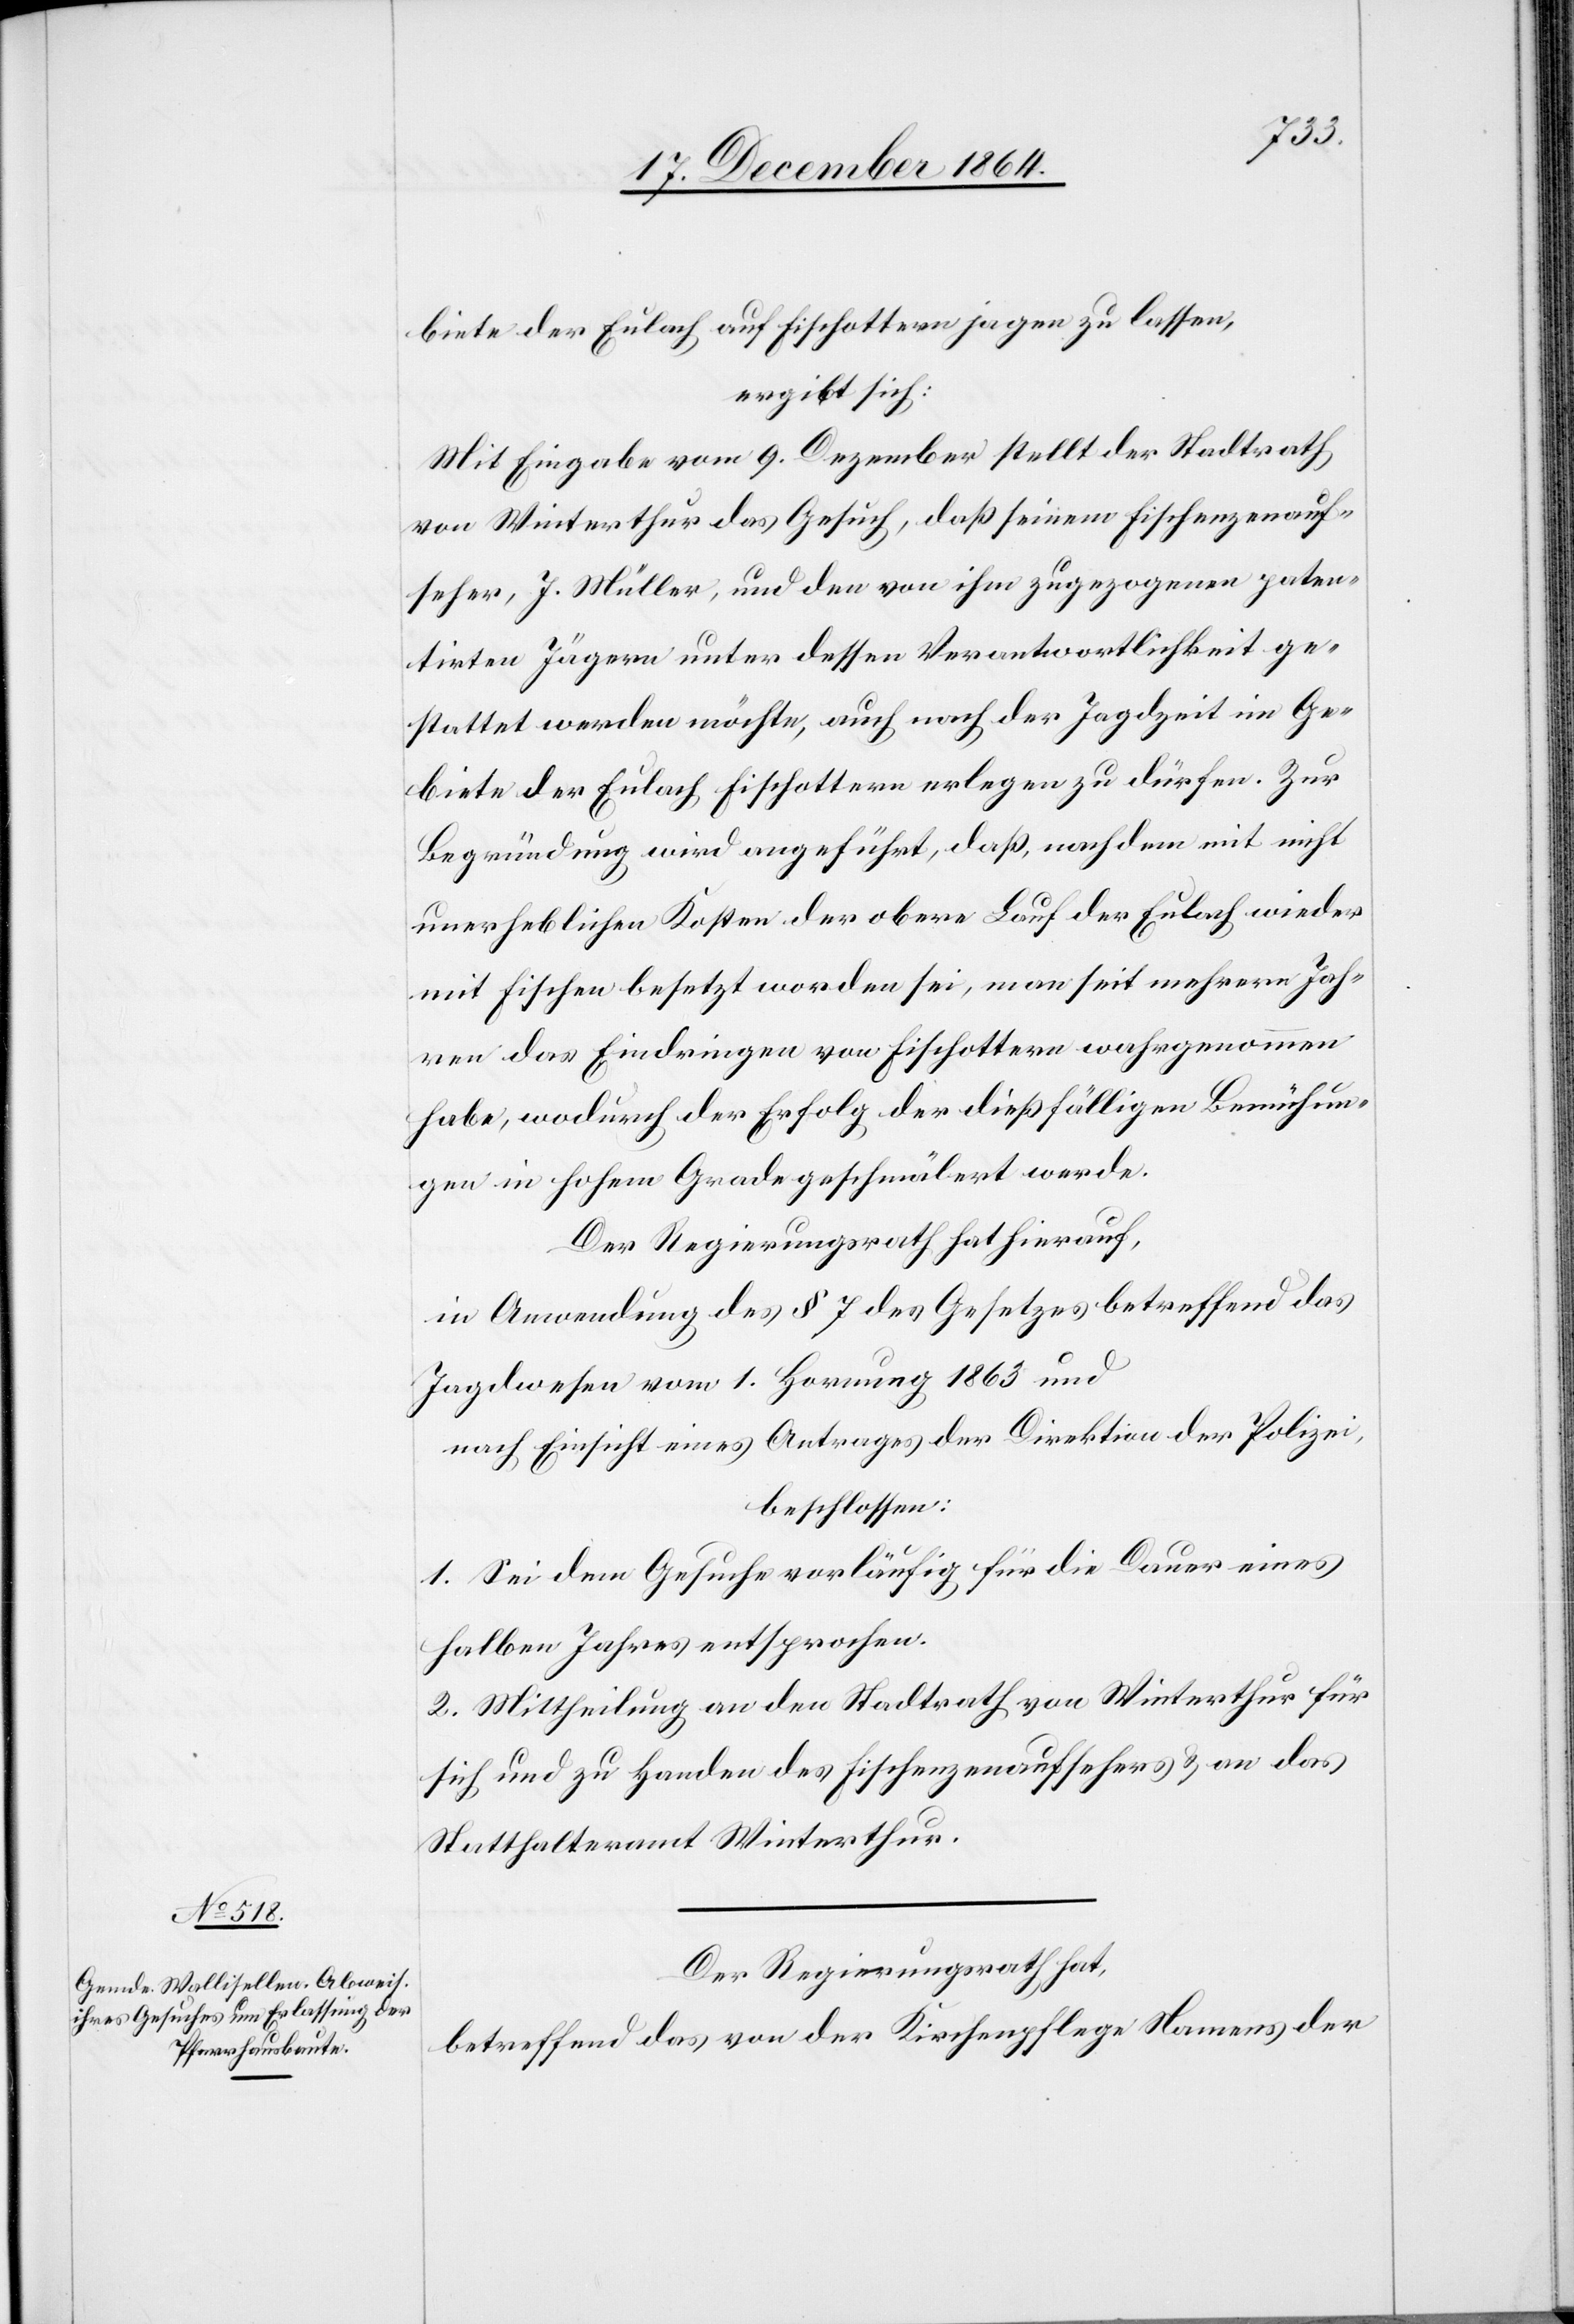
biete der Eulach auf Fischottern jagen zu lassen,
ergibt sich:
Mit Eingabe vom 9. Dezember stellt der Stadtrath
von Winterthur das Gesuch, daß seinem Fischenzenauf¬
seher, J. Müller, und den von ihm zugezogenen paten¬
tirten Jägern unter dessen Verantwortlichkeit ge¬
stattet werden möchte, auch nach der Jagdzeit im Ge¬
biete der Eulach Fischottern erlegen zu dürfen. Zur
Begründung wird angeführt, daß, nachdem mit nicht
unerheblichen Kosten der obere Lauf der Eulach wieder
mit Fischen besetzt worden sei, man seit mehrern Jah¬
ren das Eindringen von Fischottern wahrgenommen
habe, wodurch der Erfolg der dießfälligen Bemühun¬
gen in hohem Grade geschmälert werde.
Der Regierungsrath hat hierauf,
in Anwendung des § 7 des Gesetzes betreffend das
Jagdwesen vom 1. Hornung 1863 und
nach Einsicht eines Antrages der Direktion der Polizei,
beschlossen:
1. Sei dem Gesuche vorläufig für die Dauer eines
halben Jahres entsprochen.
2. Mittheilung an den Stadtrath von Winterthur für
sich und zu Handen des Fischenzenaufsehers & an das
Statthalteramt Winterthur.
Der Regierungsrath hat,
betreffend das von der Kirchenpflege Namens der